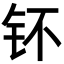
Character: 钚